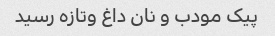
پیک مودب و نان داغ وتازه رسید